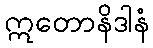
ဣတောနိဒါနံ